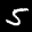
Label: 5